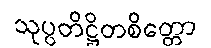
သုပ္ပတိဋ္ဌိတစိတ္တော